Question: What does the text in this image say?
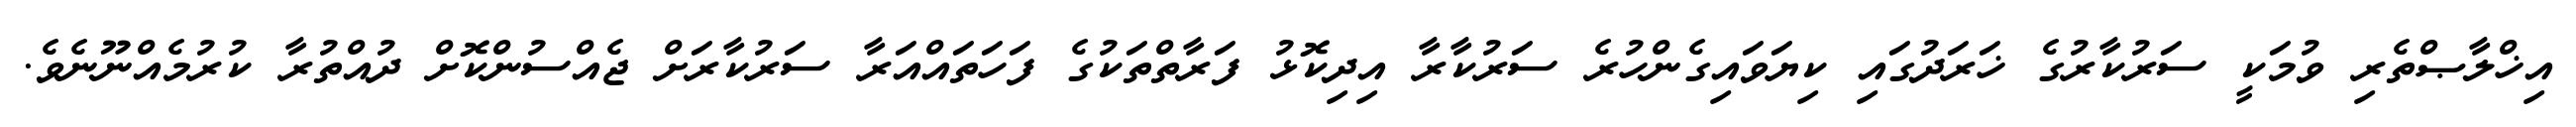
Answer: އިޚްލާޞްތެރި ވުމަކީ ސަރުކާރުގެ ޚަރަދުގައި ކިޔަވައިގެންހުރެ ސަރުކާރާ އިދިކޮޅު ފަރާތްތަކުގެ ފަހަތައްއަރާ ސަރުކާރަށް ޖެއްސުންކޮށް ދުއްތުރާ ކުރުމެއްނޫނެވެ.